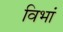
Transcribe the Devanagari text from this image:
विभां